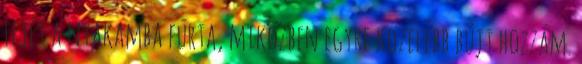
Fejét a nyakamba fúrta, miközben egyre közelebb bújt hozzám.